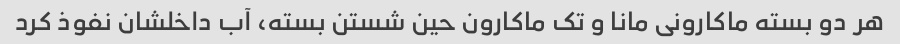
هر دو بسته ماکارونی مانا و تک ماکارون حین شستن بسته، آب داخلشان نفوذ کرد